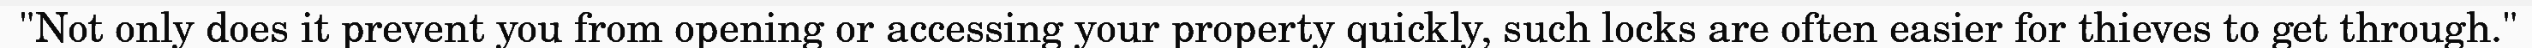
"Not only does it prevent you from opening or accessing your property quickly, such locks are often easier for thieves to get through."